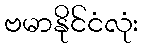
ဗမာနိုင်ငံလုံး